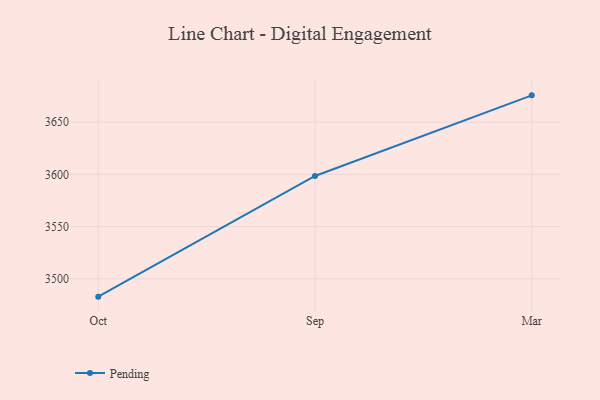
{"axis": {"x": "Month", "y": "Active Users"}, "legend": ["Pending"], "data": [{"x": "Oct", "y": 3482.9, "type": "Pending"}, {"x": "Sep", "y": 3598.5, "type": "Pending"}, {"x": "Mar", "y": 3675.7, "type": "Pending"}]}